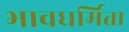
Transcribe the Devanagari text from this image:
भावधर्मिता